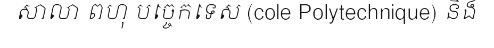
សាលា ពហុ បច្ចេកទេស (cole Polytechnique) និង